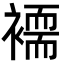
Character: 𮖲